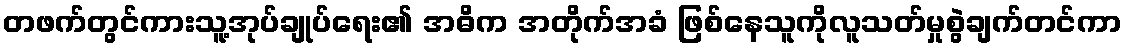
တဖက်တွင်ကားသူ့အုပ်ချုပ်ရေး၏ အဓိက အတိုက်အခံ ဖြစ်နေသူကိုလူသတ်မှုစွဲချက်တင်ကာ